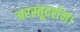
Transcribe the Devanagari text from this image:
अरस्तूदर्शन।